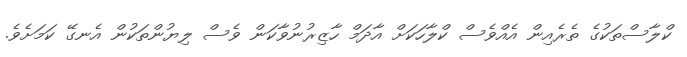
ކްލާސްތަކުގެ ތެރެއިން އެއްވެސް ކްލާހަކަށް އާދަމް ހާޒިރުނުވާކަން ވެސް ލިޔުންތަކުން އެނގޭ ކަމަށެވެ.